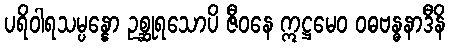
ပရိဝါရသမ္ပန္နော ဥစ္ဆုရသောပိ ဇီဝနေ ဣဋ္ဌမေဝ ဝဓဗန္ဓနာဒီနိ